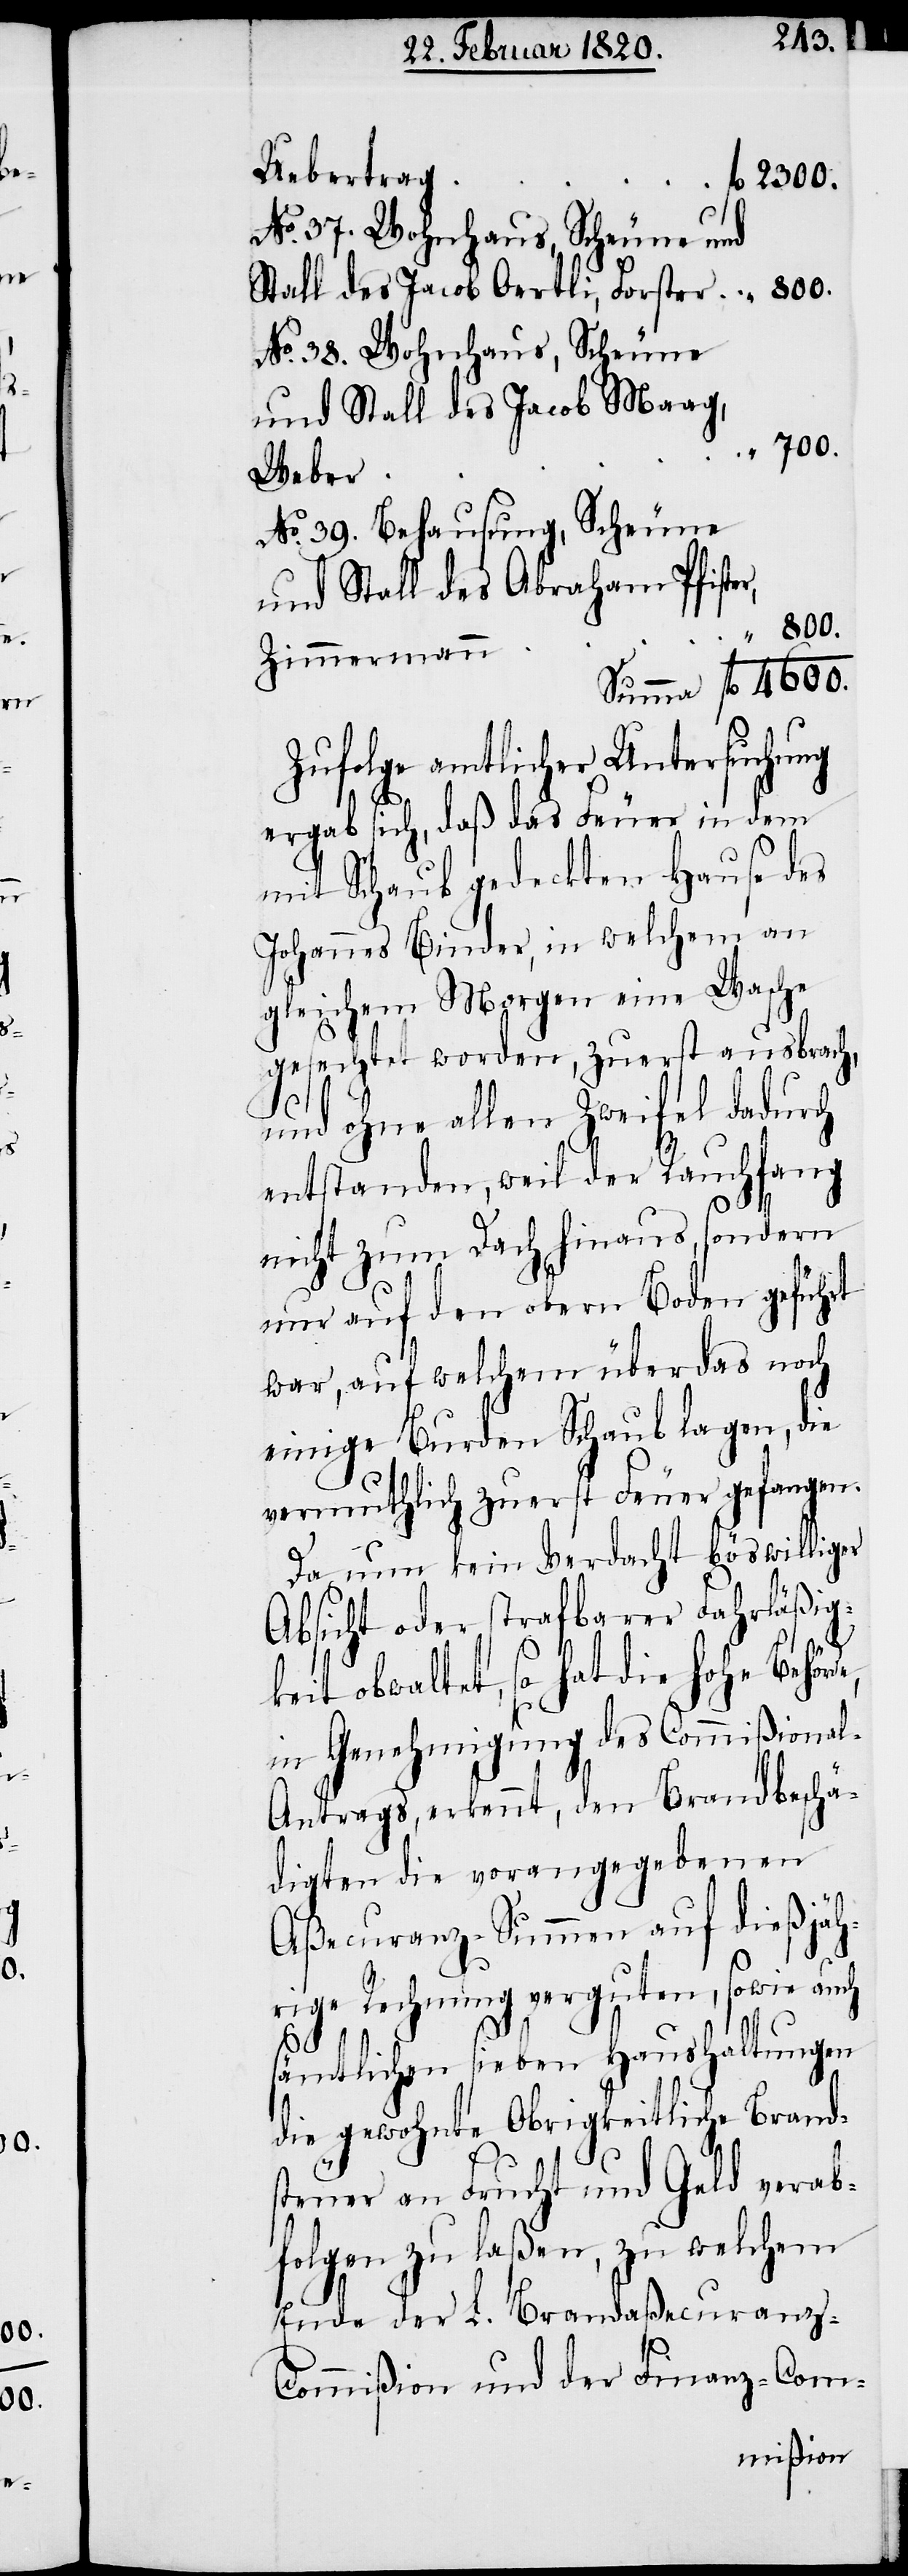
Uebertrag
fl 2300.
de,
No. 37. Wohnhaus, Scheune und
Stall des Jacob Oertli, Forster
No. 38. Wohnhaus, Scheune
und Stall des Jacob Maag,
„ 700.
Weber
No. 39. Behausung, Scheune
und Stall des Abraham Pfister,
„ 800.
Zimmermann
Zufolge amtlicher Untersuchung
ergab sich, daß das Feuer in dem
mit Schaub gedeckten Hause des
Johannes Binder, in welchem an
gleichem Morgen eine Wache
gesechtet worden, zuerst ausbrach,
und ohne allen Zweifel dadurch
entstanden, weil der Rauchfang
4600.
nicht zum Dach hinaus, sondern
nur auf den obern Boden geführt
war, auf welchem überdas noch
einige Burden Schaub lagen, die
vermuthlich zuerst Feuer gefangen.
Da nun kein Verdacht böswilliger
Absicht oder strafbarer Fahrläßig¬
keit obwaltet, so hat die hohe Behör¬
in Genehmigung des Commißiona¬
l-Antrags, erkennt, den Brandbeschä¬
digten die vorangegebenen
Aßecuranz-Summen auf dießjäh¬
rige Rechnung verguten, sowie auch
sämtlichen sieben Haushaltungen
die gewohnte Obrigkeitliche Brand¬
steuer an Frucht und Geld verab¬
folgen zu laßen, zu welchem
Ende der L. Brandaßecuranz-C¬
ommißion und der Finanz-Com-